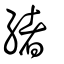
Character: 緒